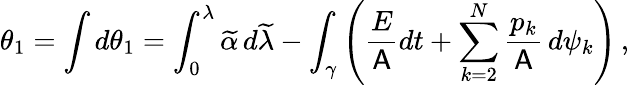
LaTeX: \theta_{1}=\int d\theta_{1}=\int_{0}^{\lambda}\widetilde{\alpha}\, d\widetilde{\lambda}-\int_{\gamma}\left(\frac{E}{\mathsf{A}}dt+\sum_{k=2}^{N}\frac{p_{k}}{\mathsf{A}}\, d\psi_{k}\right)\, ,